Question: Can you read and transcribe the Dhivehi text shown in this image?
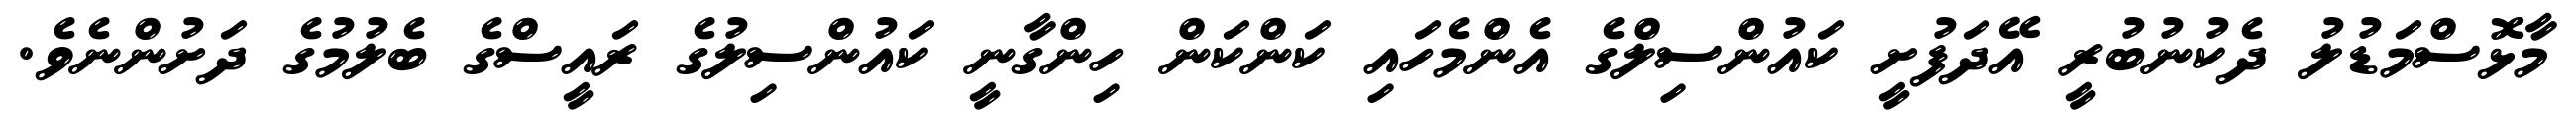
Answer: މާޅޮސްމަޑުލު ދެކުނުބުރީ އޭދަފުށީ ކައުންސިލްގެ އެންމެހައި ކަންކަން ހިންގާނީ ކައުންސިލުގެ ރައީސްގެ ބެލުމުގެ ދަށުންނެވެ.